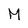
Character: M